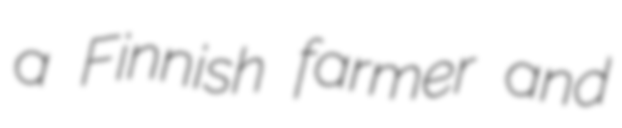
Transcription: a Finnish farmer and